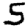
Digit: 5